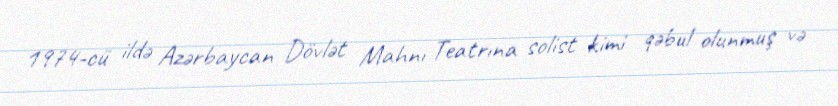
1974-cü ildə Azərbaycan Dövlət Mahnı Teatrına solist kimi qəbul olunmuş və